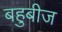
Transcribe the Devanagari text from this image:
बहुबीज